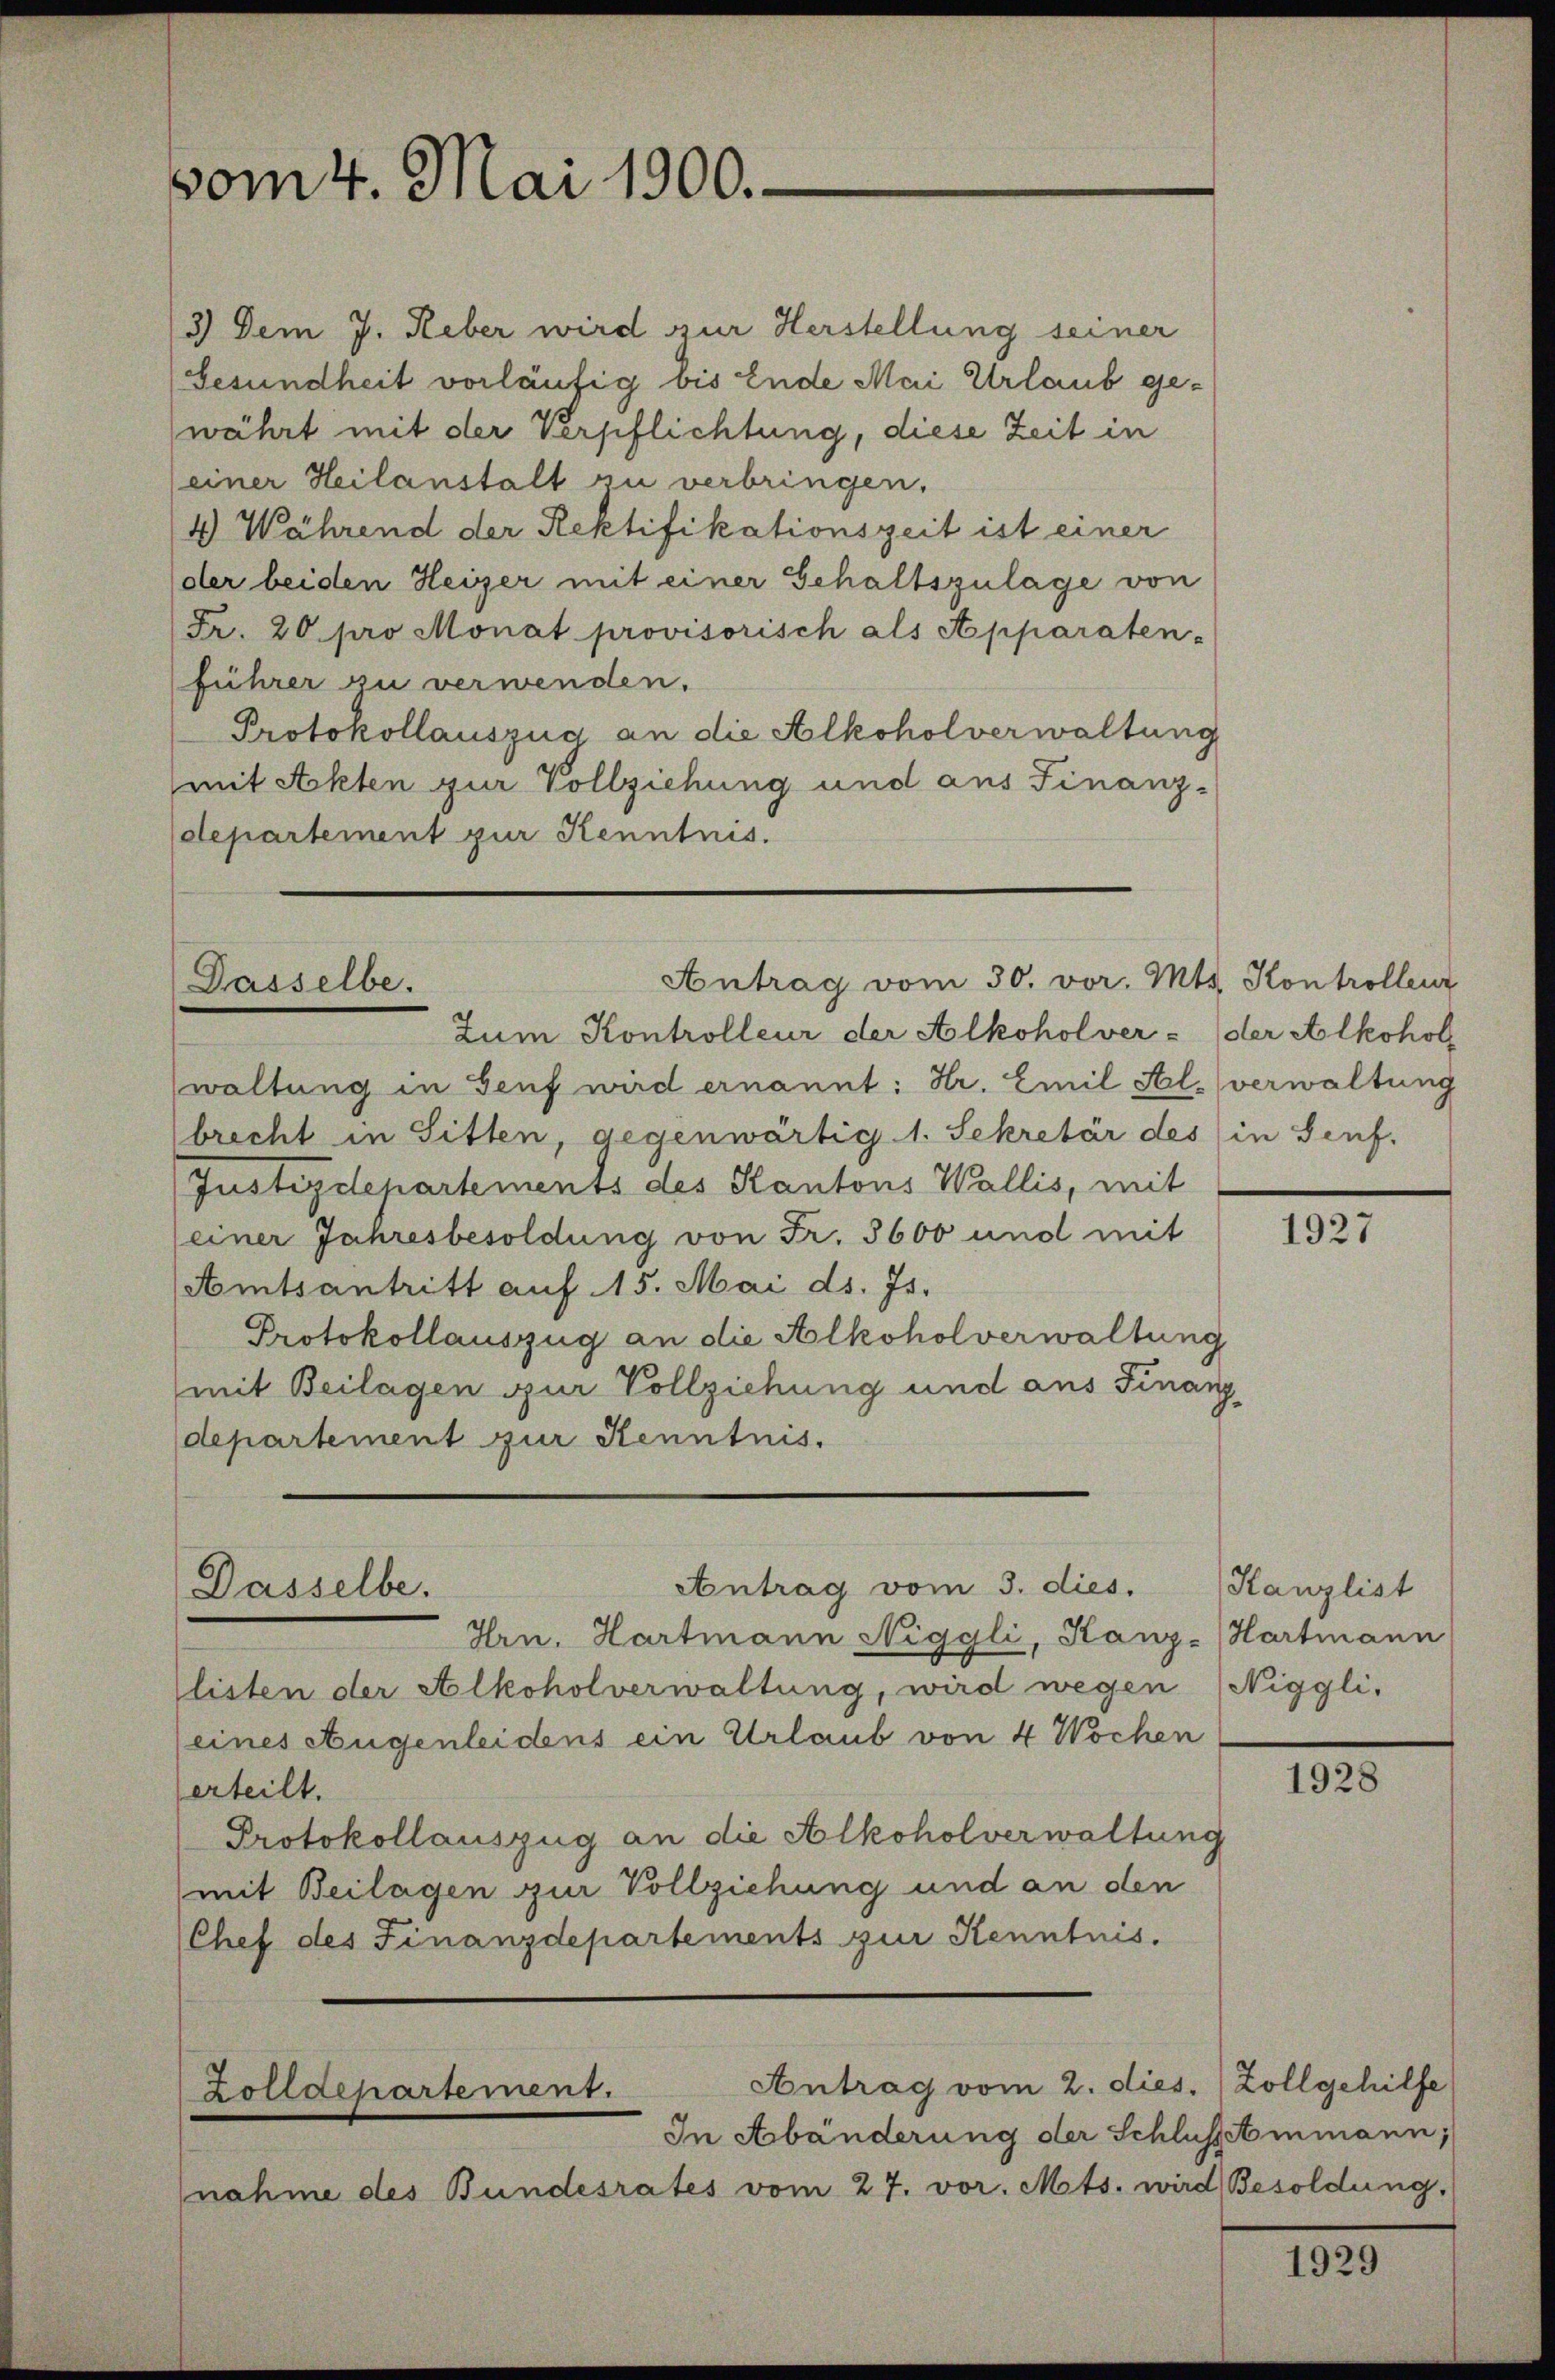
vom 4. Mai 1900.

3) Dem J. Reber wird zur Herstellung seiner
Gesundheit vorläufig bis Ende Mai Urlaub gewährt mit der Verpflichtung, diese Zeit in
(einer Heilanstalt zu verbringen.
4 Während der Rektifikationszeit ist einer
der beiden Heizer mit einer Gehaltszulage von
Fr. 20 pro Monat provisorisch als Apparaten-
führer zu verwenden.
Protokollauszug an die Alkoholverwaltung
mit Akten zur Vollziehung und aus Finanz-
departement zur Kenntnis.

Antrag vom 30. vor. Mts. Kontrollenz
Dasselbe.

Dasselbe.

Zum Kontrolleur der Alkoholver - der Alkohol
waltung in Genf wird ernannt: Hr. Emil Al. verwaltung
brecht in Sitten, gegenwärtig 1. Sekretär des in Genf.
Justizdepartements des Kantons Wallis, mit
einer Jahresbesoldung von Fr. 3600 und mit
(Amtsantritt auf 15. Mai ds. Js.
Protokollauszug an die Alkoholverwaltung
mit Beilagen zur Vollziehung und aus Finanzdepartement zur Kenntnis.

Antrag vom 3. dies.

Hrn. Hartmann Niggli, Kanz-Hartmann
llisten der Alkoholverwaltung, wird wegen (Niggli,
(eines Augenleidens ein Urlaub von 4 Wochen
erteilt.
Protokollauszug an die Alkoholverwaltung
mit Beilagen zur Vollziehung und an den
(Chef des Finanzdepartements zur Kenntnis.

Antrag vom 2. dies. (Zollgehilfe
Zolldepartement.
In Abänderung der Schlussammann;

nahme des Bundesrates vom 27. vor. Mts. wird Besoldung.

1927

Kanzlist

1928

1929